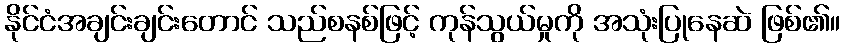
နိုင်ငံအချင်းချင်းတောင် သည်စနစ်ဖြင့် ကုန်သွယ်မှုကို အသုံးပြုနေဆဲ ဖြစ်၏။